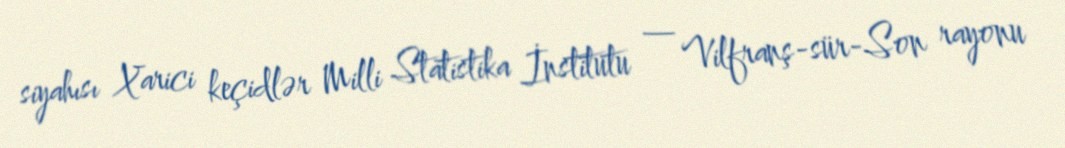
siyahısı Xarici keçidlər Milli Statistika İnstitutu — Vilfranş-sür-Son rayonu